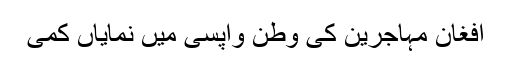
افغان مہاجرین کی وطن واپسی میں نمایاں کمی